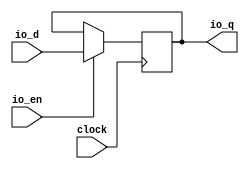
module ClockCrossingReg_w43( // @[:freechips.rocketchip.system.DefaultRV32Config.fir@105257.2]
  input         clock, // @[:freechips.rocketchip.system.DefaultRV32Config.fir@105258.4]
  input  [42:0] io_d, // @[:freechips.rocketchip.system.DefaultRV32Config.fir@105260.4]
  output [42:0] io_q, // @[:freechips.rocketchip.system.DefaultRV32Config.fir@105260.4]
  input         io_en // @[:freechips.rocketchip.system.DefaultRV32Config.fir@105260.4]
);
`ifdef RANDOMIZE_REG_INIT
  reg [63:0] _RAND_0;
`endif // RANDOMIZE_REG_INIT
  reg [42:0] cdc_reg; // @[Reg.scala 15:16:freechips.rocketchip.system.DefaultRV32Config.fir@105262.4]
  assign io_q = cdc_reg; // @[SynchronizerReg.scala 192:8:freechips.rocketchip.system.DefaultRV32Config.fir@105266.4]
`ifdef RANDOMIZE_GARBAGE_ASSIGN
`define RANDOMIZE
`endif
`ifdef RANDOMIZE_INVALID_ASSIGN
`define RANDOMIZE
`endif
`ifdef RANDOMIZE_REG_INIT
`define RANDOMIZE
`endif
`ifdef RANDOMIZE_MEM_INIT
`define RANDOMIZE
`endif
`ifndef RANDOM
`define RANDOM $random
`endif
`ifdef RANDOMIZE_MEM_INIT
  integer initvar;
`endif
`ifndef SYNTHESIS
`ifdef FIRRTL_BEFORE_INITIAL
`FIRRTL_BEFORE_INITIAL
`endif
initial begin
  `ifdef RANDOMIZE
    `ifdef INIT_RANDOM
      `INIT_RANDOM
    `endif
    `ifndef VERILATOR
      `ifdef RANDOMIZE_DELAY
        #`RANDOMIZE_DELAY begin end
      `else
        #0.002 begin end
      `endif
    `endif
`ifdef RANDOMIZE_REG_INIT
  _RAND_0 = {2{`RANDOM}};
  cdc_reg = _RAND_0[42:0];
`endif // RANDOMIZE_REG_INIT
  `endif // RANDOMIZE
end // initial
`ifdef FIRRTL_AFTER_INITIAL
`FIRRTL_AFTER_INITIAL
`endif
`endif // SYNTHESIS
  always @(posedge clock) begin
    if (io_en) begin
      cdc_reg <= io_d;
    end
  end
endmodule